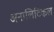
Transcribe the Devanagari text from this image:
अनालिटिकल